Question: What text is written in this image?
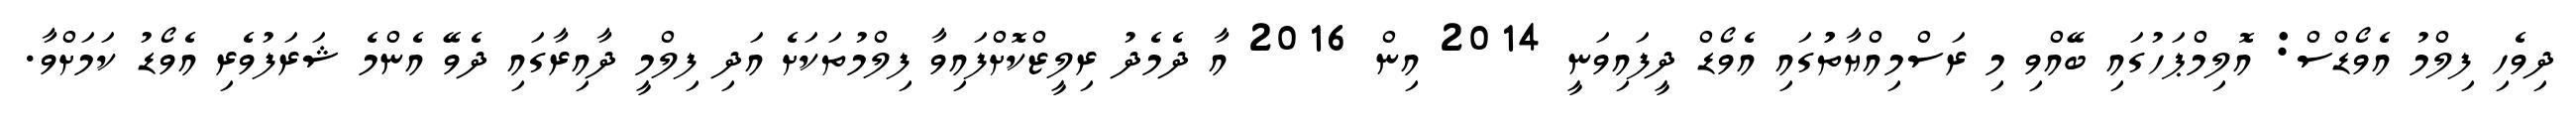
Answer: ދިވެހި ފިލްމު އެވޯޑްސް: އޮލިމްޕަހުގައި ބޭއްވި މި ރަސްމިއްޔާތުުގައި އެވޯޑް ދީފައިވަނީ 2014 އިން 2016 އާ ދެމެދު ރިލީޒްކޮށްފައިވާ ފިލްމުތަކަށެ އަދި ފިލްމީ ދާއިރާގައި ދެވޭ އެންމެ ޝަރަފުވެރި އެވޯޑު ކަމަށްވާ.